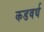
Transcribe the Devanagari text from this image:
कडवर्थ